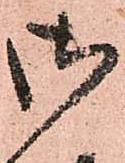
御